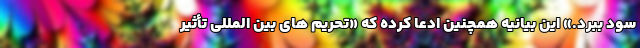
سود ببرد.» این بیانیه همچنین ادعا کرده که «تحریم های بین المللی تأثیر